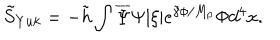
\tilde { S } _ { Y u k } = - \tilde { h } \int \overline { { { \Psi } } } \Psi | \xi | e ^ { \tilde { \gamma } \phi / M _ { p } } \Phi d ^ { 4 } x .